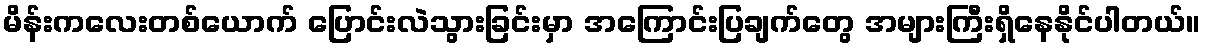
မိန်းကလေးတစ်ယောက် ပြောင်းလဲသွားခြင်းမှာ အကြောင်းပြချက်တွေ အများကြီးရှိနေနိုင်ပါတယ်။